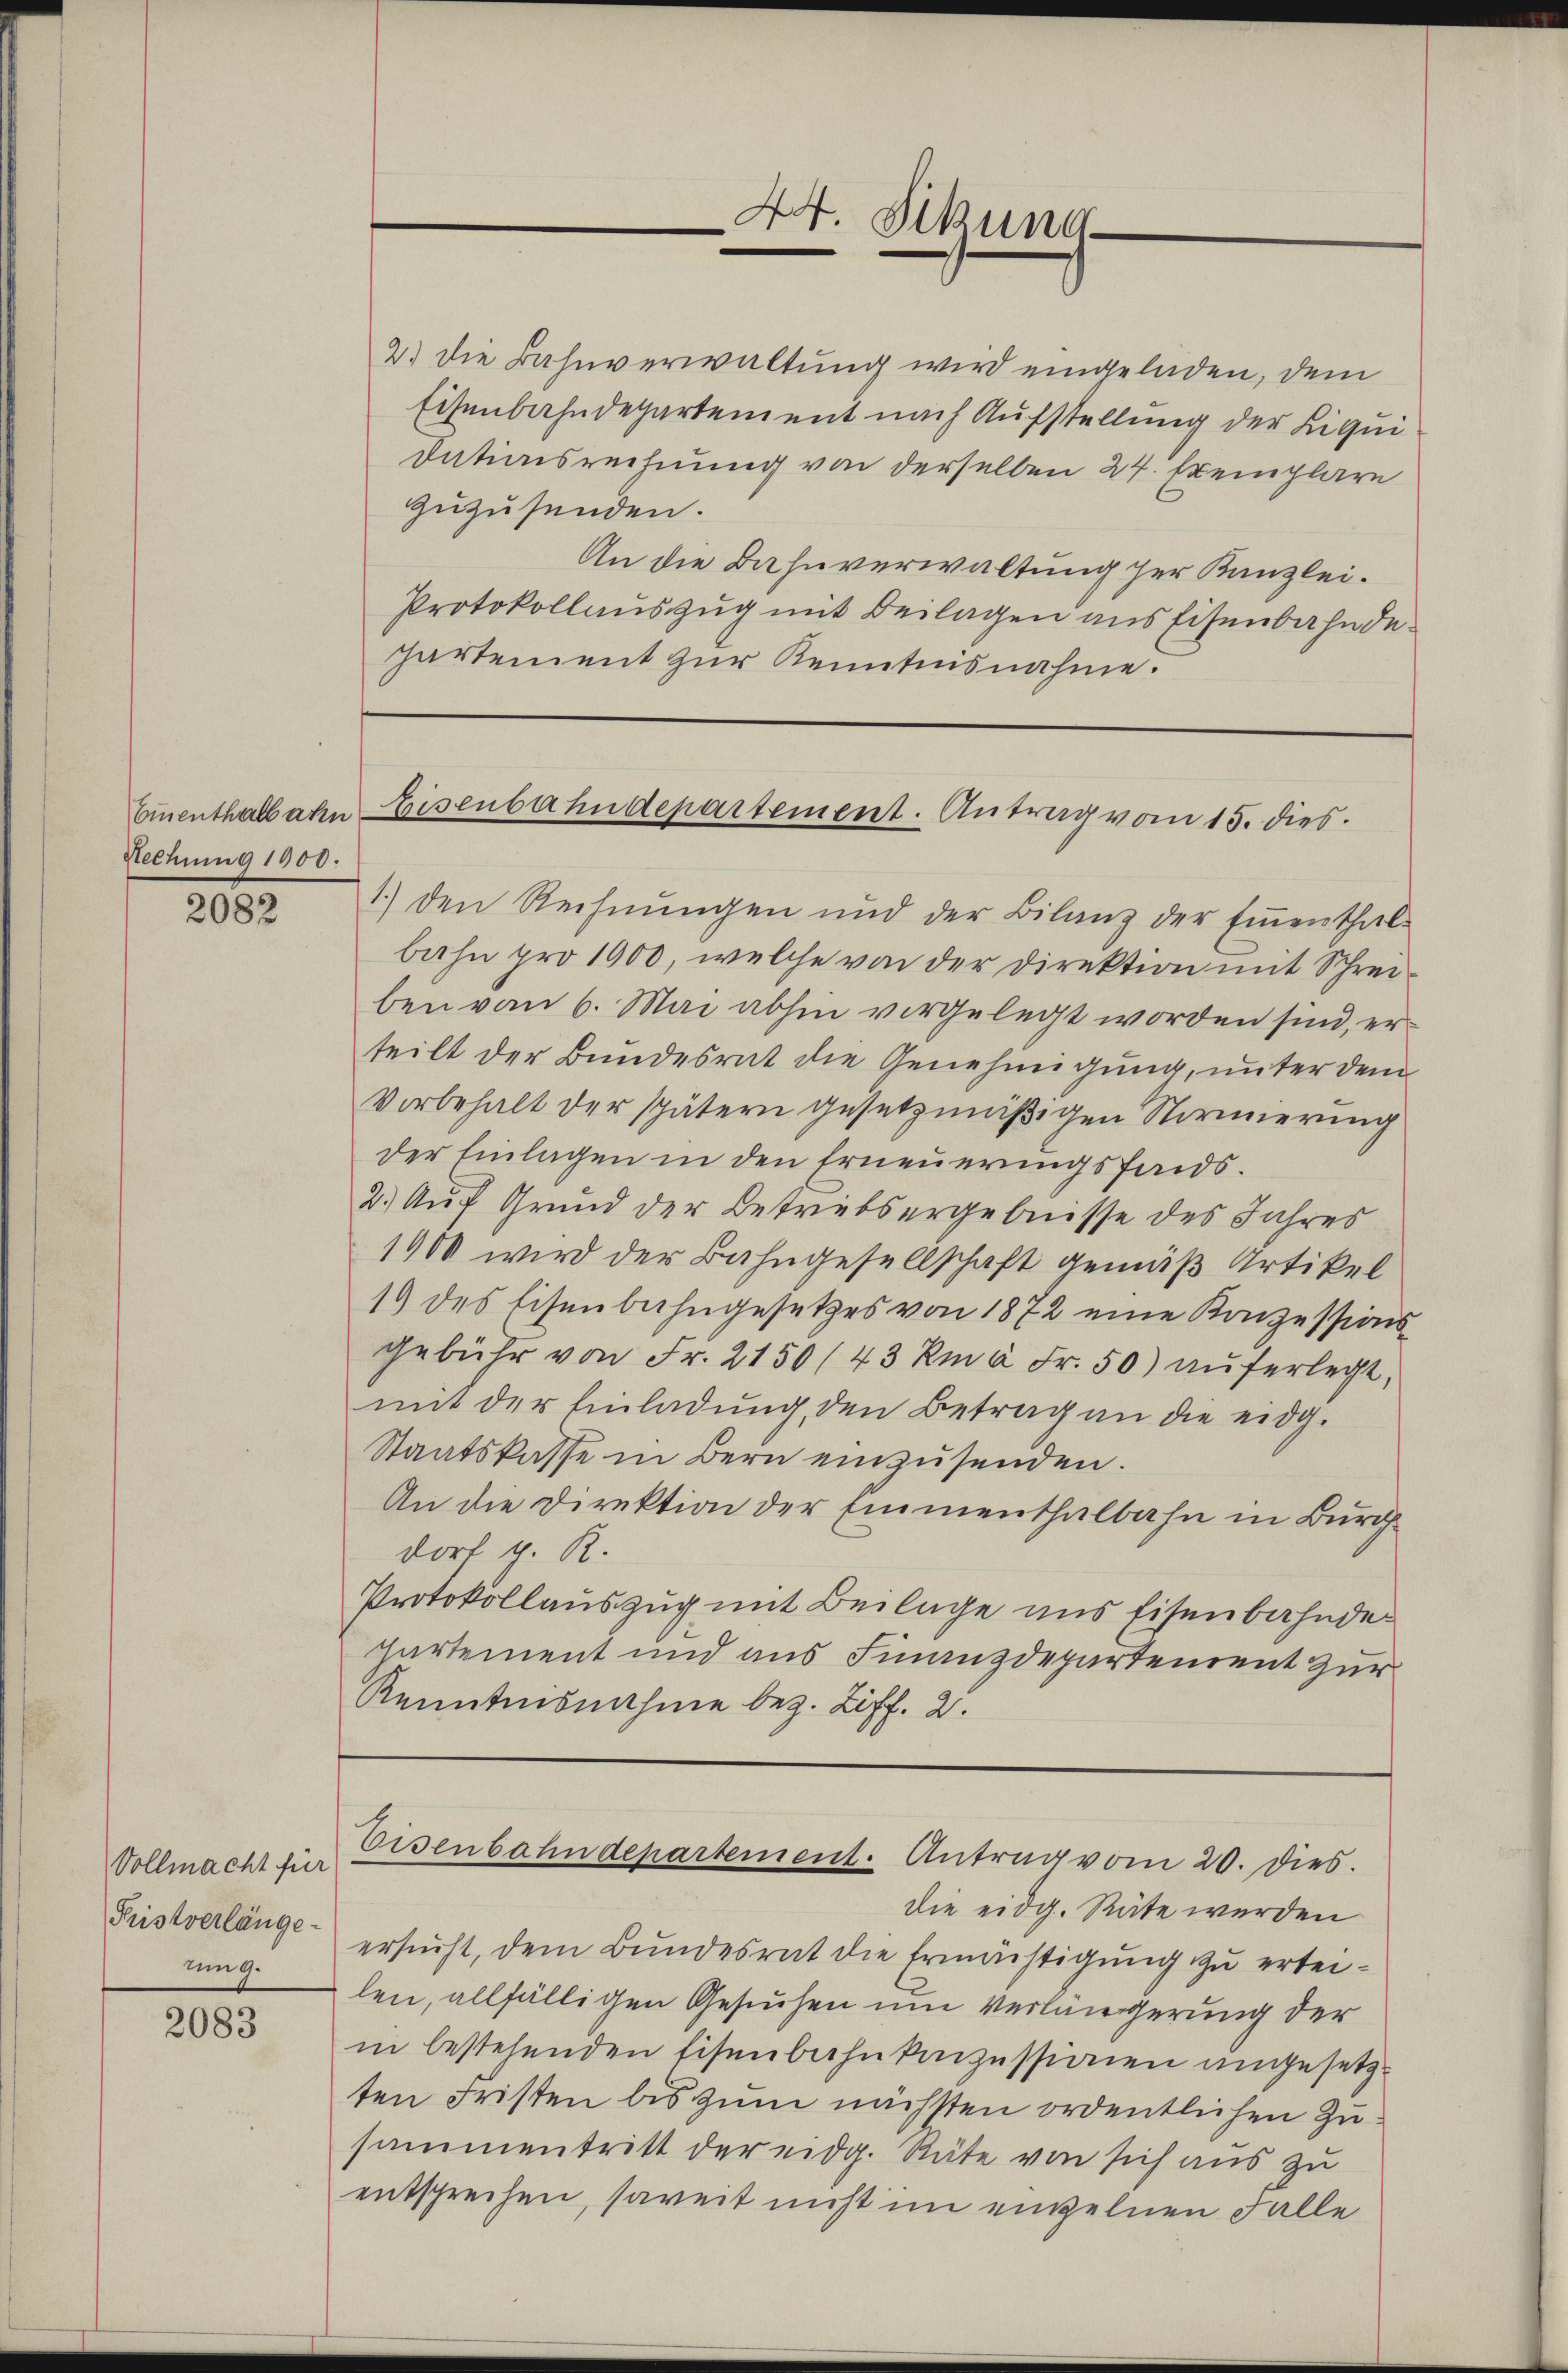
Rechung 1900.

2082

Vollmacht für
Pristverlänge
um 9.

2083

2) die Bahnverwaltung wird eingeladen, dem
Eisenbahndepartement nach Aufstellung der Liqui
dationsrechnung von derselben 24. Exemplare
zuzusenden.
An die Bahnverwaltung zur Kanzlei.
Protokollauszug mit Beilagen aus Eisenbahndehartement zur Kenntnisnahme.

1.) den Rechnŭngen und der Bilanz der Eṁenthal-
bahn pro 1000, welche von der Direktion mit Schreiben von 6. Mai abhin vorgelegt worden sind, erteilt der Bundesrat die Genehmigung, unter dem
Vorbehalt der spätern gesetzmäßigen Normierung
der Einlagen in den Erneuerungsfonds.
2.) Auf Grund der Betriebsergebnisse des Jahres
1900 wird der Bahngesellschaft gemäß Artikel
19 des Eisenbahngesetzes von 1872 eine Konzessions-
gebühr von Fr. 2150/43 km à Fr. 50) auferlegt,
mit der Einladung, den Betrag an die eidg.
Staatskasse in Bern einzusenden.
An die Direktion der Emmenthalbahn in Burch
dorf g. R.
Protokollauszug mit Beilage uns Eisenbahnde
hartement und aus Finanzdepartement zur
Kenntnisnahme bez. Ziff. 2.

die eidg. Räte werden
ersucht, dem Bundesrat die Ermächtigung zu erteilen, allfälligen Gesuchen um Verlängerung der
in bestehenden Eisenbahnkonzessionen angesetzten Fristen bis zum nächsten ordentlichen Zusammentritt der eidg. Räte von sich aus zu
entsprechen, soweit nicht im einzelnen Falle

44. Sitzung

Einenthalbahn Eisenbahndepartement. Antrag vom 15. dies

Eisenbahndepartement. Antrag vom 20. dies.